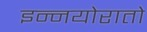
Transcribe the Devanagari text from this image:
इन्नयोरातो